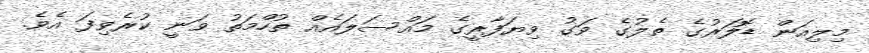
މިލިއަން ޑޮލަރުގެ ތެލުގެ ވަގު ވިޔަފާރީގެ މައްސަލައެއް ތުހްމަތު ވަނީ ކުރެވިފަ އެވެ.